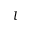
l